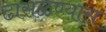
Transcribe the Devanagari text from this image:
ढासळण्यास